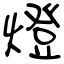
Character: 燈